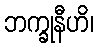
ဘက္ခုနီဟိ၊